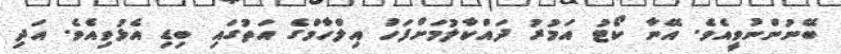
ބޭނުންނުވީއެވެ. އޭނާ ކޯޓު އަމުރު ދައްކާލުމަށްފަހު އިލްހާމްގެ އަތުގައި ބިޑި އެޅުވިއެވެ. އަދި